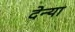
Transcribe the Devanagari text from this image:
देन्या